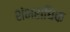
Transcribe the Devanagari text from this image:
शंभराधिक